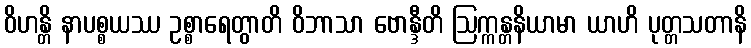
ဝိဟန္တိ နာပစ္စယဿ ဥစ္စာရေတွာတိ ဝိဘာသာ ဗောန္ဒီတိ ဩက္ကန္တနိယာမာ ယာဟိ ပုတ္တသတာနိ